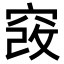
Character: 𥦄